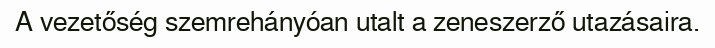
A vezetőség szemrehányóan utalt a zeneszerző utazásaira.